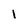
Character: l